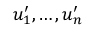
u _ { 1 } ^ { \prime } , \ldots , u _ { n } ^ { \prime }